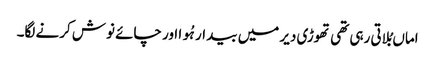
اماں بُلاتی رہی تھی تھوڑی دیر میں بیدار ہُوا اور چائے نوش کرنے لگا۔